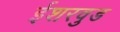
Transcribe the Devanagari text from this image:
ईशरवुड